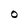
Character: O